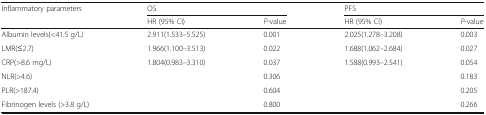
<table><thead><tr><td rowspan="2"><b>Inflammatory parameters</b></td><td colspan="2"><b>OS</b></td><td colspan="2"><b>PFS</b></td></tr><tr><td><b>HR (95% CI)</b></td><td><b><i>P</i>-value</b></td><td><b>HR (95% Cl)</b></td><td><b><i>P</i>-value</b></td></tr></thead><tbody><tr><td>Albumin levels(&lt;41.5 g/L)</td><td>2.911(1.533–5.525)</td><td>0.001</td><td>2.025(1.278–3.208)</td><td>0.003</td></tr><tr><td>LMR(≤2.7)</td><td>1.966(1.100–3.513)</td><td>0.022</td><td>1.688(1.062–2.684)</td><td>0.027</td></tr><tr><td>CRP(&gt;8.6 mg/L)</td><td>1.804(0.983–3.310)</td><td>0.037</td><td>1.588(0.993–2.541)</td><td>0.054</td></tr><tr><td>NLR(&gt;4.6)</td><td></td><td>0.306</td><td></td><td>0.183</td></tr><tr><td>PLR(&gt;187.4)</td><td></td><td>0.604</td><td></td><td>0.205</td></tr><tr><td>Fibrinogen levels (&gt;3.8 g/L)</td><td></td><td>0.800</td><td></td><td>0.266</td></tr></tbody></table>